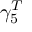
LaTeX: \gamma _ { 5 } ^ { T }